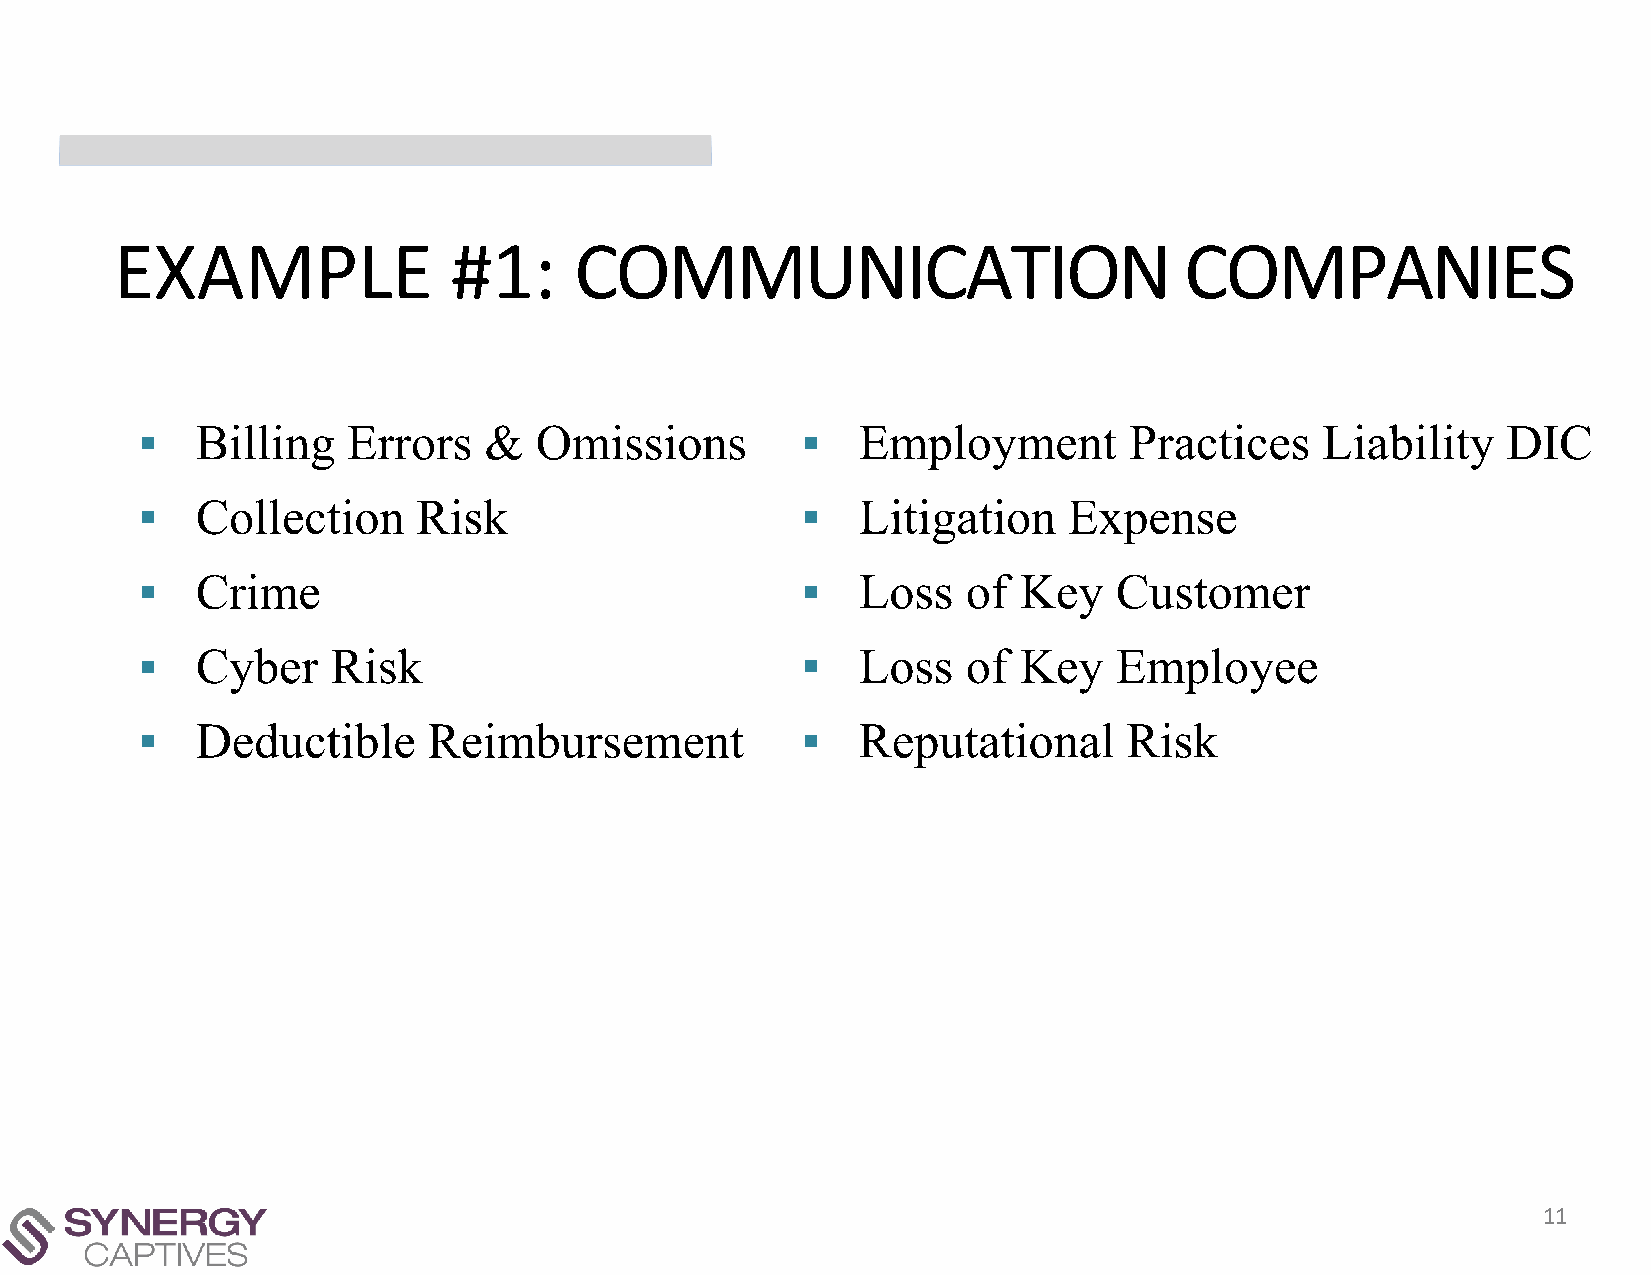
EXAMPLE               #1:     COMMUNICATION                           COMPANIES
 ▪   Billing   Errors   &  Omissions         ▪   Employment        Practices   Liability    DIC
 ▪   Collection     Risk                     ▪   Litigation    Expense
 ▪   Crime                                   ▪   Loss   of Key    Customer
 ▪   Cyber    Risk                           ▪   Loss   of Key    Employee
 ▪   Deductible     Reimbursement            ▪   Reputational      Risk
 11